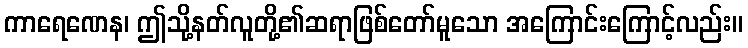
ကာရေဏေန၊ ဤသို့နတ်လူတို့၏ဆရာဖြစ်တော်မူသော အကြောင်းကြောင့်လည်း။